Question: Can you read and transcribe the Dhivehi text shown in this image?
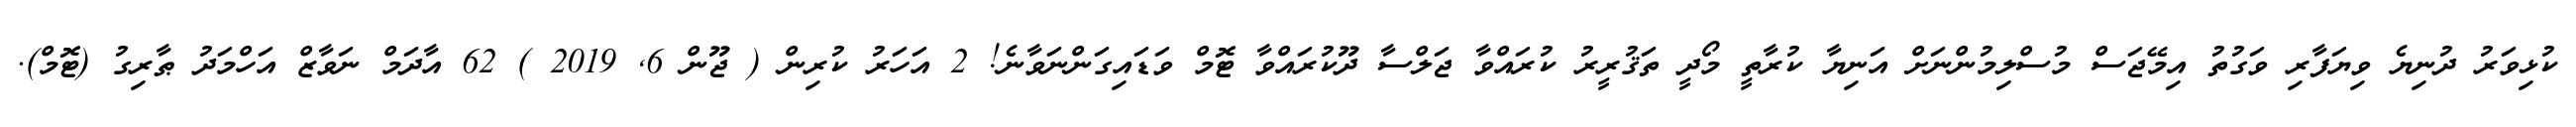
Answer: ކުޅިވަރު ދުނިޔެ ވިޔަފާރި ވަގުތު އިމޭޖަސް މުސްލިމުންނަށް އަނިޔާ ކުރާތީ މޯދީ ތަޤުރީރު ކުރައްވާ ޖަލްސާ ދޫކުރައްވާ ޓޮމް ވަޑައިގަންނަވާނެ! 2 އަހަރު ކުރިން ( ޖޫން 6, 2019 ) 62 އާދަމް ނަވާޒް އަހްމަދު ޠާރިގު (ޓޮމް).